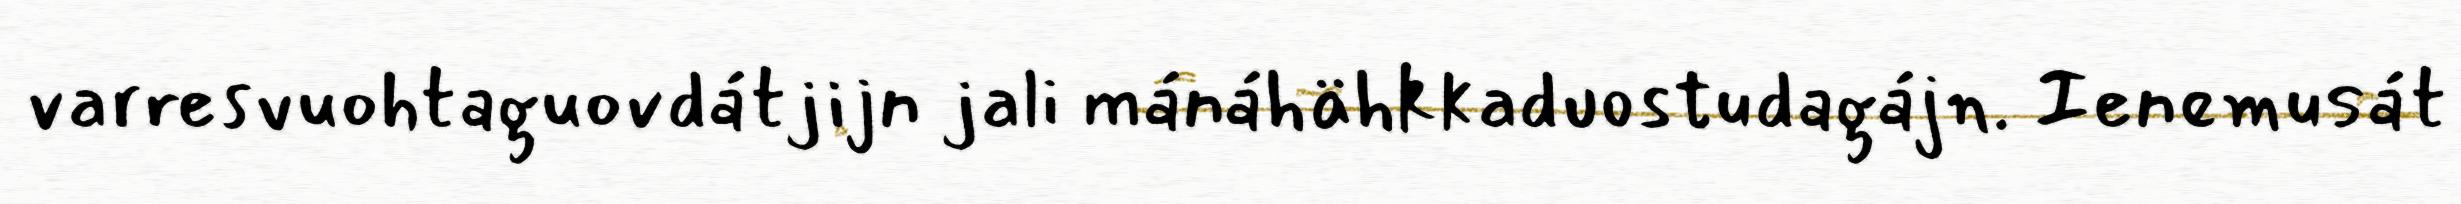
varresvuohtaguovdátjijn jali mánáhähkkaduostudagájn. Ienemusát